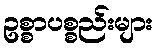
ဥစ္စာပစ္စည်းများ